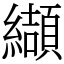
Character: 纈